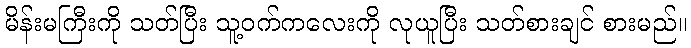
မိန်းမကြီးကို သတ်ပြီး သူ့ဝက်ကလေးကို လုယူပြီး သတ်စားချင် စားမည်။